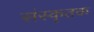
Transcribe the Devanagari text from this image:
संस्कृतक